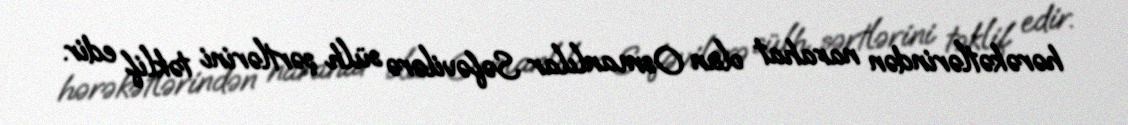
hərəkətlərindən narahat olan Osmanlılar Səfəvilərə sülh şərtlərini təklif edir.